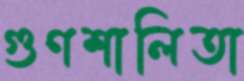
গুণশালিতা